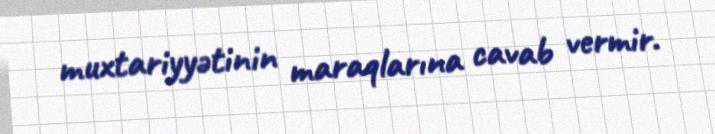
muxtariyyətinin maraqlarına cavab vermir.